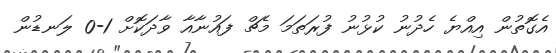
އެގޮތުން އިއްޔެ ހެދުނު ކުޅުނު ފުރަތަމަ މެޗް ފައުނާއާ ވާދަކޮށް 1-0 ލަނޑުން